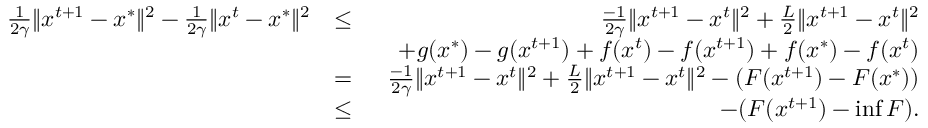
\begin{array} { r l r } { \frac { 1 } { 2 \gamma } \Vert x ^ { t + 1 } - x ^ { * } \Vert ^ { 2 } - \frac { 1 } { 2 \gamma } \Vert x ^ { t } - x ^ { * } \Vert ^ { 2 } } & { \leq } & { \frac { - 1 } { 2 \gamma } \Vert x ^ { t + 1 } - x ^ { t } \Vert ^ { 2 } + \frac { L } { 2 } \Vert x ^ { t + 1 } - x ^ { t } \Vert ^ { 2 } } \\ & { } & { \quad + g ( x ^ { * } ) - g ( x ^ { t + 1 } ) + f ( x ^ { t } ) - f ( x ^ { t + 1 } ) + f ( x ^ { * } ) - f ( x ^ { t } ) } \\ & { = } & { \frac { - 1 } { 2 \gamma } \Vert x ^ { t + 1 } - x ^ { t } \Vert ^ { 2 } + \frac { L } { 2 } \Vert x ^ { t + 1 } - x ^ { t } \Vert ^ { 2 } - ( F ( x ^ { t + 1 } ) - F ( x ^ { * } ) ) } \\ & { \leq } & { - ( F ( x ^ { t + 1 } ) - \operatorname* { i n f } F ) . } \end{array}